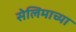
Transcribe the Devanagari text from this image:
सेलिमाच्या